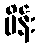
မိန်း